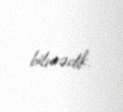
bilmədik.